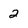
Character: 2